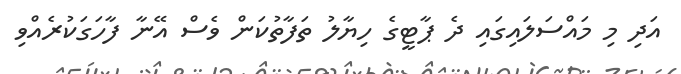
އަދި މި މައްސަލައިގައި ދެ ޕާޓީގެ ހިޔާލު ތަފާތުކަން ވެސް އޭނާ ފާހަގަކުރެއްވި